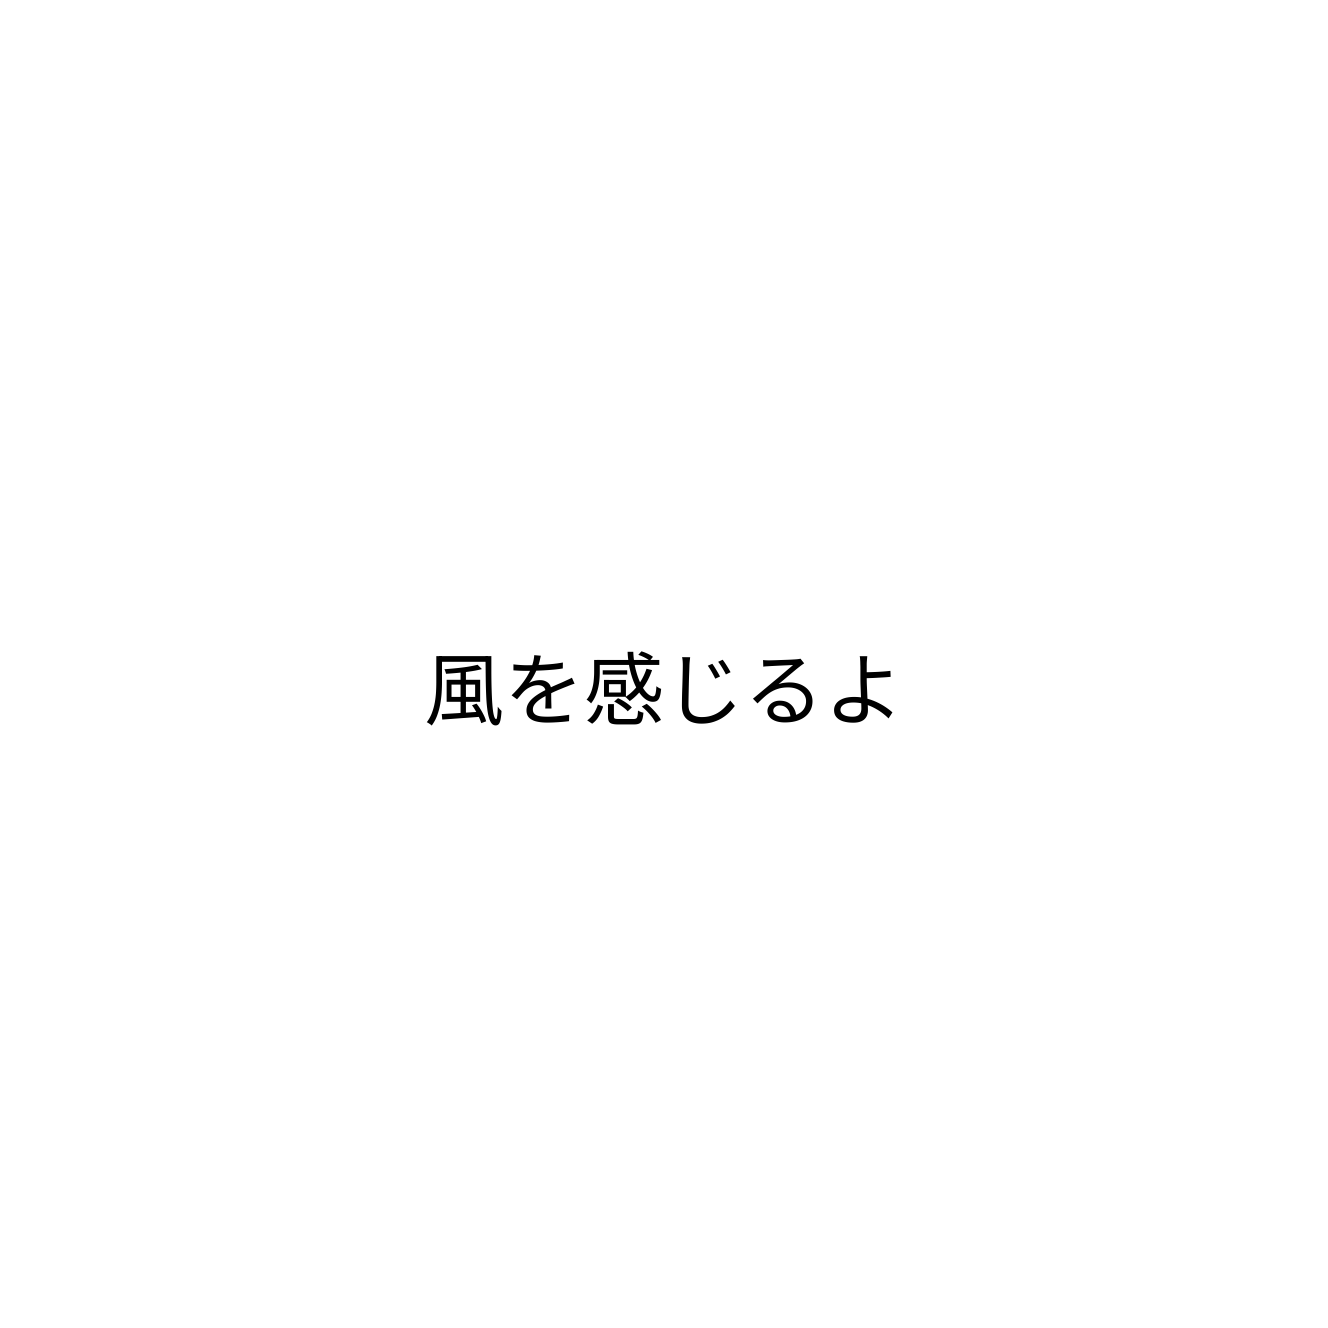
風を感じるよ